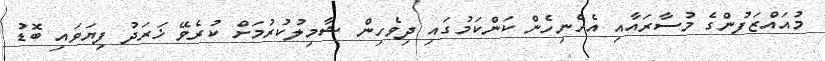
މުއައްޒަފުންގެ މުސާރައާއި އެހެނިހެން ކަންކަމުގައި ދިވެހިން ޝާމިލުކުރުމަށް ކުރެވޭ ޚަރަދު ފިޔަވައި ބޮޑު